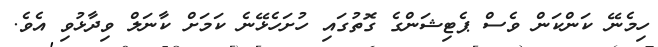
ހިމެނޭ ކަންކަން ވެސް ޕެޓިޝަންގެ ގޮތުގައި ހުށަހެޅޭނެ ކަމަށް ކާނަލް ވިދާޅުވި އެވެ.